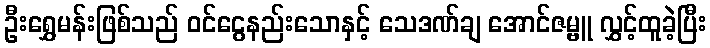
ဦးရွှေမန်းဖြစ်သည် ဝင်ငွေနည်းသောနှင့် သေဒဏ်ချ အောင်ဇမ္ဗူ လွှင့်ထူခဲ့ပြီး